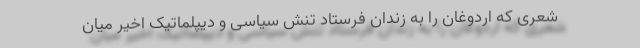
شعری که اردوغان را به زندان فرستاد تنش سیاسی و دیپلماتیک اخیر میان